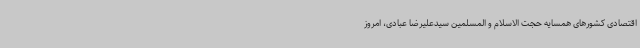
اقتصادی کشورهای همسایه حجت الاسلام و المسلمین سیدعلیرضا عبادی، امروز